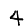
Digit: 4